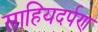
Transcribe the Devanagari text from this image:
साहियदर्पण